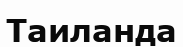
Таиланда